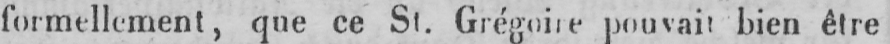
formellement, que ce St. Grégoire pouvait bien être